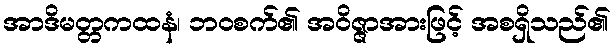
အာဒိမတ္တကထနံ၊ ဘဝစက်၏ အဝိဇ္ဇာအားဖြင့် အစရှိသည်၏